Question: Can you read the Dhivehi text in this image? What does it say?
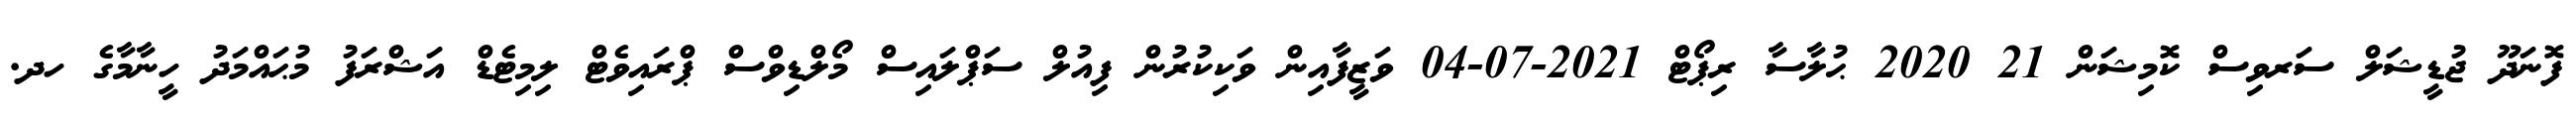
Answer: ފޮނަދޫ ޖުޑީޝަލް ސަރވިސް ކޮމިޝަން 21 2020 ޙުލާސާ ރިޕޯޓް 2021-07-04 ވަޒީފާއިން ވަކިކުރުން ފިއުލް ސަޕްލައިސް މޯލްޑިވްސް ޕްރައިވެޓް ލިމިޓެޑް އަޝްރަފު މުޙައްމަދު ހީނާމާގެ ހދ.